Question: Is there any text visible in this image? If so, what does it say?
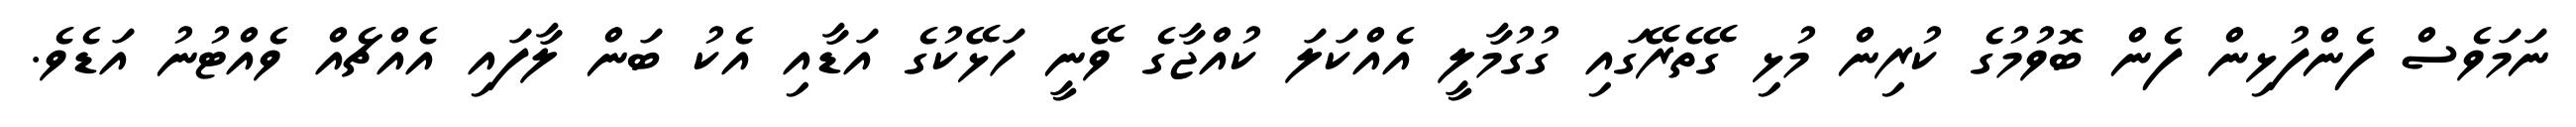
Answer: ނަމަވެސް ފެންފުޅިން ފެން ބޮވުމުގެ ކުރިން މުޅި ގޭތެރޭގައި ގުގުމާލީ އެއްކަލަ ކުއްޖާގެ ވޭނީ ހަޅޭކުގެ އަޑާއި އެކު ބަން ލާފައި އެއްޗެއް ވެއްޓުނު އަޑެވެ.